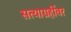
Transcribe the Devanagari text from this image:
सत्याग्रहींवर